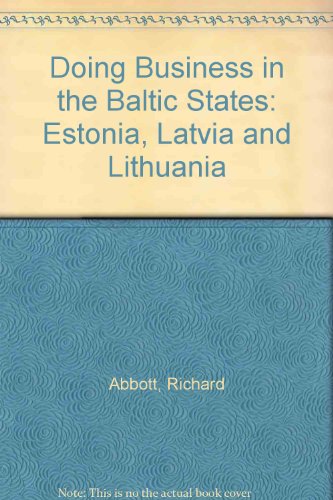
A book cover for Doing Business in the Baltic States; Richard Abbott; Travel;